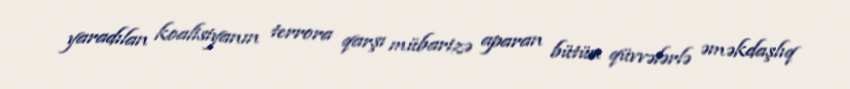
yaradılan koalisiyanın terrora qarşı mübarizə aparan bütün qüvvələrlə əməkdaşlıq